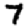
Digit: 7